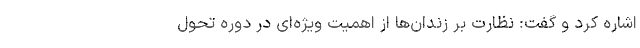
اشاره‌ کرد و گفت: نظارت بر زندان‌ها از اهمیت ویژه‌ای در دوره تحول